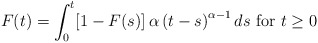
\begin{align*}F(t)=\int_{0}^{t}[1-F(s)]\,\alpha\left( t-s\right) ^{\alpha-1}ds\text{ for }t\geq0\end{align*}